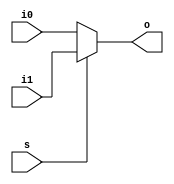
/*
* Two input mutex
*/

module mux2(i0, i1, o, s);
    parameter WIDTH = 1;

    input  [WIDTH-1:0] i0;
    input  [WIDTH-1:0] i1;
    input              s;

    output [WIDTH-1:0] o;

    assign o = (s == 1'b0) ? i0 : i1;
endmodule